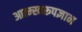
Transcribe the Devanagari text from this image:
आत्म्स्वरूपज्ञान